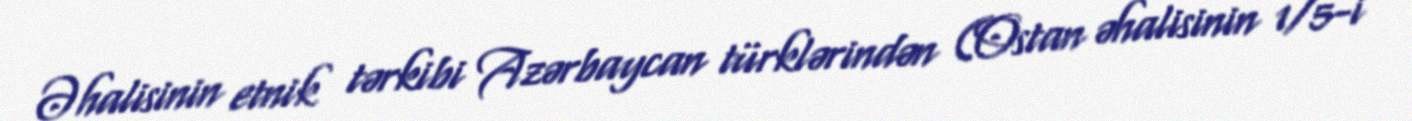
Əhalisinin etnik tərkibi Azərbaycan türklərindən (Ostan əhalisinin 1/5-i